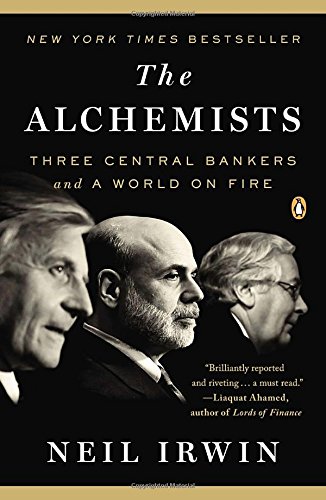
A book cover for The Alchemists: Three Central Bankers and a World on Fire; Neil Irwin; Business & Money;